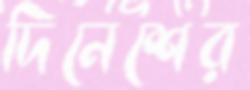
দিনেশের